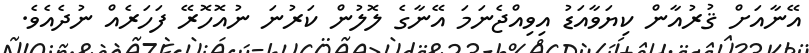
އޭނާއަށް ޤުރުއާން ކިޔަވާއަޑު އިވިއްޖެނަމަ އޭނާގެ ލޮލުން ކަރުނަ ނުއޮހޮރޭ ފަހަރެއް ނުދެއެވެ.